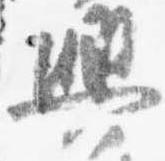
興